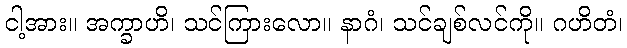
ငါ့အား။ အက္ခာဟိ၊ သင်ကြားလော။ နာဂံ၊ သင်ချစ်လင်ကို။ ဂဟိတံ၊